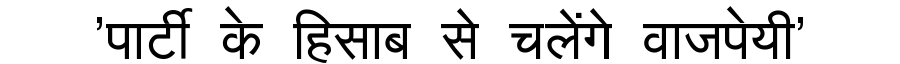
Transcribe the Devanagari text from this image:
'पार्टी के हिसाब से चलेंगे वाजपेयी'